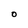
Character: O